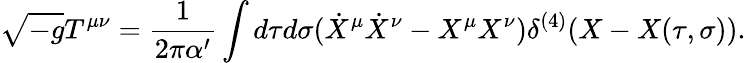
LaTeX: \sqrt{-g}T^{\mu\nu}=\frac{1}{2\pi\alpha^{\prime}}\int d\tau d\sigma(\dot{X}^{\mu}\dot{X}^{\nu}-X^{\mu}X^{\nu})\delta^{(4)}(X-X(\tau,\sigma)).